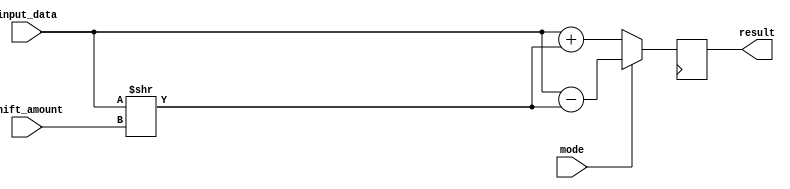
module hybrid_barrel_shifter (
    input [7:0] input_data,
    input [2:0] shift_amount,
    input mode, // 0 for addition, 1 for subtraction
    output reg [7:0] result
);

reg [7:0] temp_result;

always @(*) begin
    if (mode == 0) begin
        temp_result = input_data + (input_data >> shift_amount);
    end else begin
        temp_result = input_data - (input_data >> shift_amount);
    end
end

always @(posedge clk) begin
    result <= temp_result; 
end

endmodule